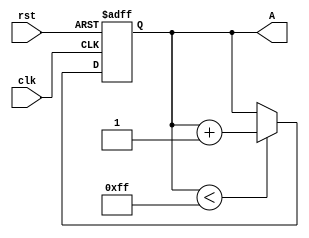
module UpCounter(A,clk,rst);

output reg[7:0] A;
input clk,rst;

always @ (posedge clk or negedge rst)
begin
  if ( !rst )
    A <= 8'd0;
  else
    begin
	if ( A < 8'd255)
	  A <= A + 8'd1;
	else
	  A <= A;
	end
end


endmodule